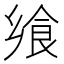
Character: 飨